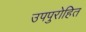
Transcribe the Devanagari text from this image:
उपपुरोहित